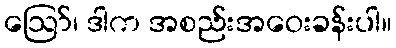
ဪ၊ ဒါက အစည်းအဝေးခန်းပါ။